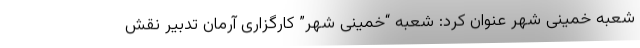
شعبه خمینی شهر عنوان کرد: شعبه “خمینی شهر” کارگزاری آرمان تدبیر نقش